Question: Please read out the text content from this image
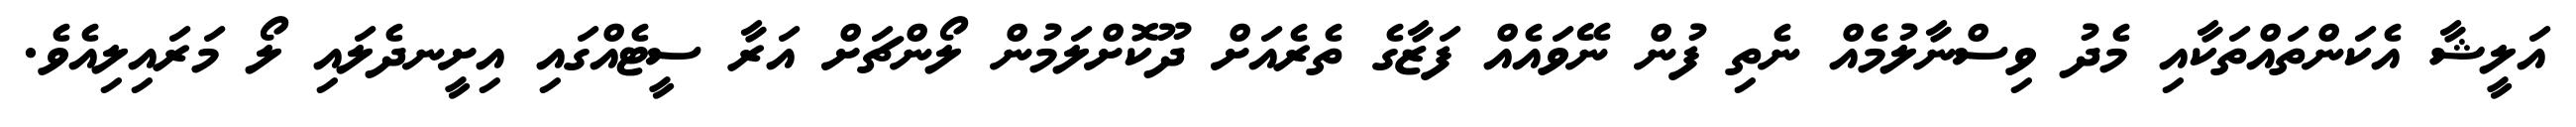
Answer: އަލީޝާ އެކަންތައްތަކާއި މެދު ވިސްނާލުމެއް ނެތި ފުން ނޭވައެއް ފަޒާގެ ތެރެއަށް ދޫކޮށްލަމުން ލޯންޗަށް އަރާ ސީޓެއްގައި އިށީނދެލައި ލޯ މަރައިލިއެވެ.